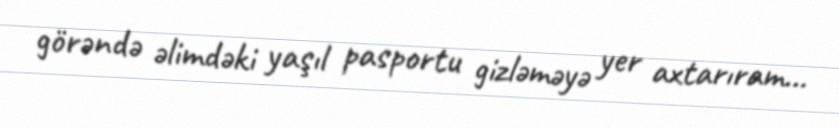
görəndə əlimdəki yaşıl pasportu gizləməyə yer axtarıram...